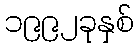
၁၉၉၂ခုနှစ်